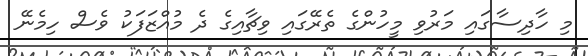
މި ހާދިސާގައި މަރުވި މީހުންގެ ތެރޭގައި ވިޗާއިގެ ދެ މުއްޒަފަކު ވެސް ހިމެނޭ